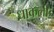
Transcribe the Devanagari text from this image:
धाकली